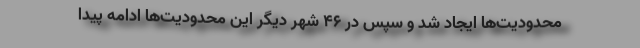
محدودیت‌ها ایجاد شد و سپس در ۴۶ شهر دیگر این محدودیت‌ها ادامه پیدا